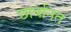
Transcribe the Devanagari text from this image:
छावनित